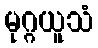
မုဂ္ဂယူသံ